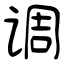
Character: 调